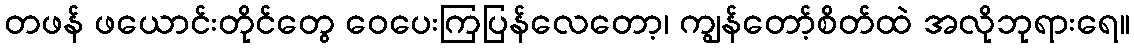
တဖန် ဖယောင်းတိုင်တွေ ဝေပေးကြပြန်လေတော့၊ ကျွန်တော့်စိတ်ထဲ အလိုဘုရားရေ။